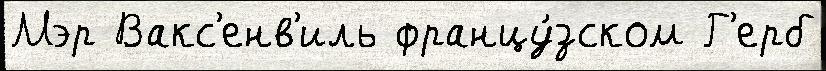
Мэр Вакс'енв'иль францу́зском Г'ерб